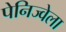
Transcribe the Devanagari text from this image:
पेनिज्वेला